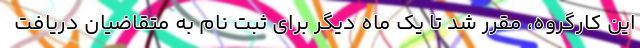
این کارگروه، مقرر شد تا یک ماه دیگر برای ثبت نام به متقاضیان دریافت